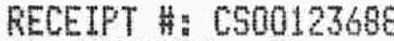
RECEIPT #: CS00123688